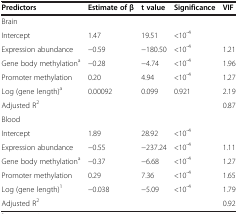
<table><thead><tr><td><b>Predictors</b></td><td><b>Estimate of β</b></td><td><b>t value</b></td><td><b>Significance</b></td><td><b>VIF</b></td></tr></thead><tbody><tr><td>Brain</td><td> </td><td> </td><td> </td><td> </td></tr><tr><td>Intercept</td><td>1.47</td><td>19.51</td><td>&lt;10<sup>-4</sup></td><td> </td></tr><tr><td>Expression abundance</td><td>−0.59</td><td>−180.50</td><td>&lt;10<sup>-4</sup></td><td>1.21</td></tr><tr><td>Gene body methylation<sup>a</sup></td><td>−0.28</td><td>−4.74</td><td>&lt;10<sup>-4</sup></td><td>1.96</td></tr><tr><td>Promoter methylation</td><td>0.20</td><td>4.94</td><td>&lt;10<sup>-4</sup></td><td>1.27</td></tr><tr><td>Log (gene length)<sup>a</sup></td><td>0.00092</td><td>0.099</td><td>0.921</td><td>2.19</td></tr><tr><td>Adjusted R<sup>2</sup></td><td> </td><td> </td><td> </td><td>0.87</td></tr><tr><td>Blood</td><td> </td><td> </td><td> </td><td> </td></tr><tr><td>Intercept</td><td>1.89</td><td>28.92</td><td>&lt;10<sup>-4</sup></td><td> </td></tr><tr><td>Expression abundance</td><td>−0.55</td><td>−237.24</td><td>&lt;10<sup>-4</sup></td><td>1.11</td></tr><tr><td>Gene body methylation<sup>a</sup></td><td>−0.37</td><td>−6.68</td><td>&lt;10<sup>-4</sup></td><td>1.27</td></tr><tr><td>Promoter methylation</td><td>0.29</td><td>7.36</td><td>&lt;10<sup>-4</sup></td><td>1.65</td></tr><tr><td>Log (gene length)<sup>1</sup></td><td>−0.038</td><td>−5.09</td><td>&lt;10<sup>-4</sup></td><td>1.79</td></tr><tr><td>Adjusted R<sup>2</sup></td><td> </td><td> </td><td> </td><td>0.92</td></tr></tbody></table>